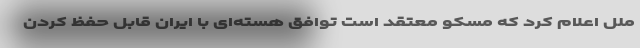
ملل اعلام کرد که مسکو معتقد است توافق هسته‌ای با ایران قابل حفظ کردن